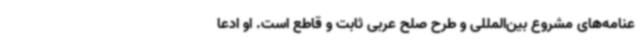
عنامه‌های مشروع بین‌المللی و طرح صلح عربی ثابت و قاطع است. او ادعا